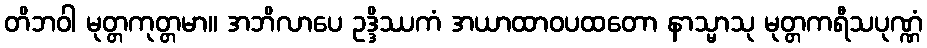
တိဘဝါ မုတ္တကုတ္တမာ။ အဘိလာပေ ဥဒ္ဒိဿကံ အယာထာဝပထတော နာသ္မာသု မုတ္တကရီသပုဏ္ဏံ